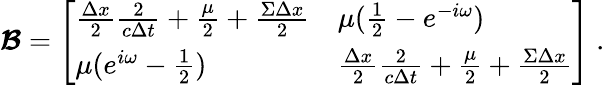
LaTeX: \boldsymbol{\mathcal{B}}=\left[\begin{array}{ll}{\frac{\Delta x}{2}\frac{2}{c\Delta t}+\frac{\mu}{2}+\frac{\Sigma\Delta x}{2}}&{\mu(\frac{1}{2}-e^{-i\omega})}\\ {\mu(e^{i\omega}-\frac{1}{2})}&{\frac{\Delta x}{2}\frac{2}{c\Delta t}+\frac{\mu}{2}+\frac{\Sigma\Delta x}{2}}\end{array}\right]\; .